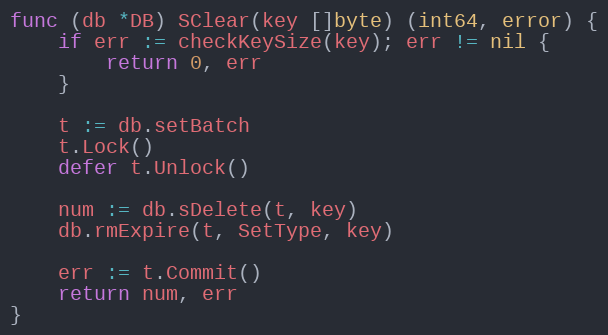
Language: Go
func (db *DB) SClear(key []byte) (int64, error) {
	if err := checkKeySize(key); err != nil {
		return 0, err
	}

	t := db.setBatch
	t.Lock()
	defer t.Unlock()

	num := db.sDelete(t, key)
	db.rmExpire(t, SetType, key)

	err := t.Commit()
	return num, err
}